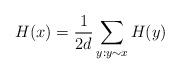
LaTeX: \begin{align*}H(x)=\frac{1}{2d}\sum_{y:y\sim x}H(y)\end{align*}